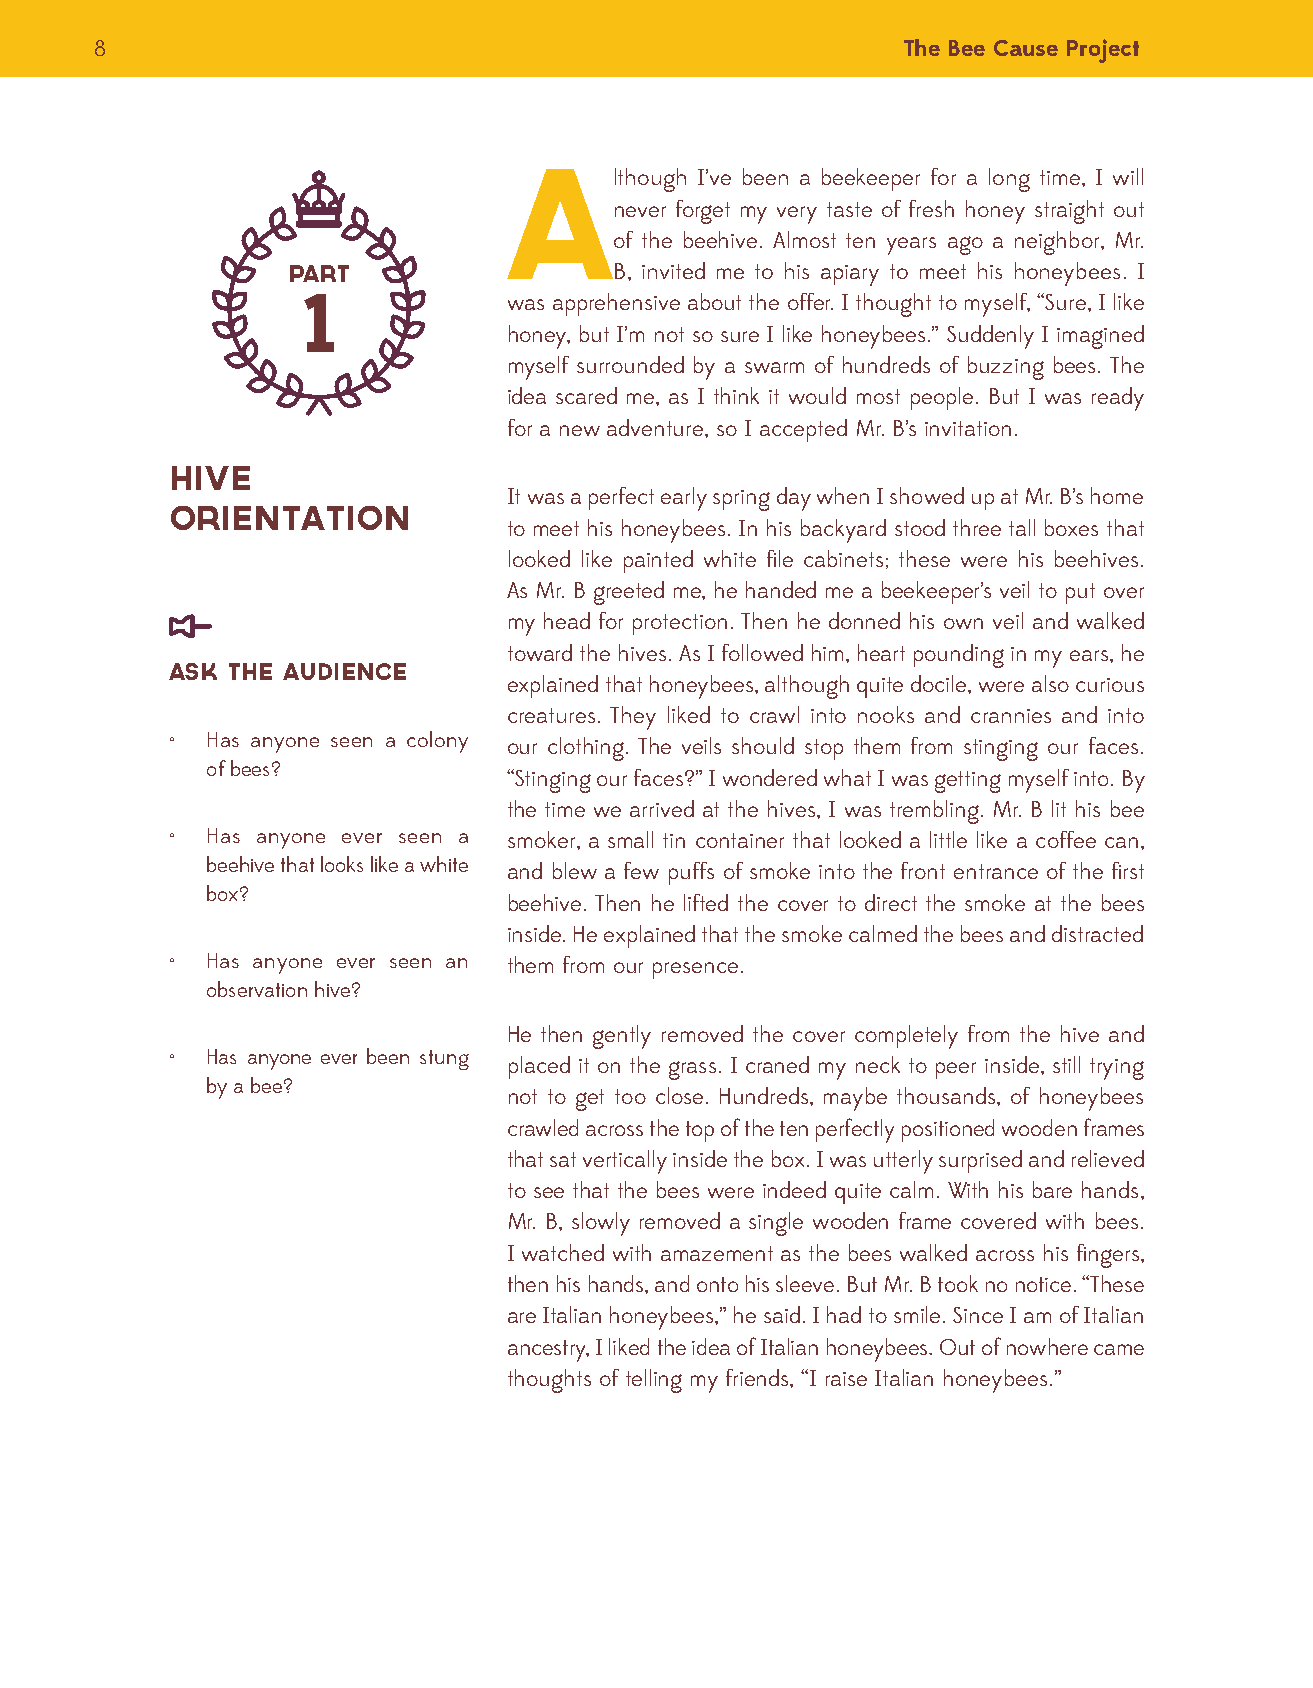
8                                                     The Bee Cause Project
 A
 lthough I’ve been a beekeeper for a long time, I will
 never forget my very taste of fresh honey straight out
 of the beehive. Almost ten years ago a neighbor, Mr.
 part                  B, invited me to his apiary to meet his honeybees. I
 1             was apprehensive about the offer. I thought to myself, “Sure, I like
 honey, but I’m not so sure I like honeybees.” Suddenly I imagined
 myself surrounded by a swarm of hundreds of buzzing bees. The
 idea scared me, as I think it would most people. But I was ready
 for a new adventure, so I accepted Mr. B’s invitation.
 Hive
 It was a perfect early spring day when I showed up at Mr. B’s home
 Orientation
 to meet his honeybees. In his backyard stood three tall boxes that
 looked like painted white file cabinets; these were his beehives.
 As Mr. B greeted me, he handed me a beekeeper’s veil to put over
 my head for protection. Then he donned his own veil and walked
 toward the hives. As I followed him, heart pounding in my ears, he
 Ask the Audience
 explained that honeybees, although quite docile, were also curious
 creatures. They liked to crawl into nooks and crannies and into
 •  Has anyone seen a colony our clothing. The veils should stop them from stinging our faces.
 of bees?
 “Stinging our faces?” I wondered what I was getting myself into. By
 the time we arrived at the hives, I was trembling. Mr. B lit his bee
 •  Has anyone ever seen a smoker, a small tin container that looked a little like a coffee can,
 beehive that looks like a white and blew a few puffs of smoke into the front entrance of the first
 box?
 beehive. Then he lifted the cover to direct the smoke at the bees
 inside. He explained that the smoke calmed the bees and distracted
 •  Has anyone ever seen an them from our presence.
 observation hive?
 He then gently removed the cover completely from the hive and
 •  Has anyone ever been stung
 placed it on the grass. I craned my neck to peer inside, still trying
 by a bee?
 not to get too close. Hundreds, maybe thousands, of honeybees
 crawled across the top of the ten perfectly positioned wooden frames
 that sat vertically inside the box. I was utterly surprised and relieved
 to see that the bees were indeed quite calm. With his bare hands,
 Mr. B, slowly removed a single wooden frame covered with bees.
 I watched with amazement as the bees walked across his fingers,
 then his hands, and onto his sleeve. But Mr. B took no notice. “These
 are Italian honeybees,” he said. I had to smile. Since I am of Italian
 ancestry, I liked the idea of Italian honeybees. Out of nowhere came
 thoughts of telling my friends, “I raise Italian honeybees.”